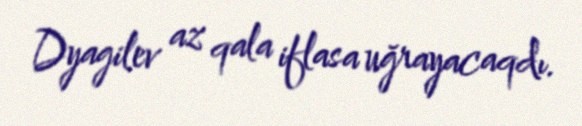
Dyagilev az qala iflasa uğrayacaqdı.